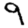
Digit: 9